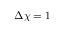
\Delta \chi = 1